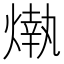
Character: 𤎒